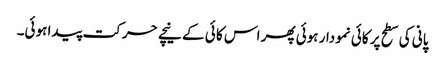
پانی کی سطح پر کائی نمودار ہوئی پھر اس کا ئی کے نیچے حرکت پیدا ہوئی۔